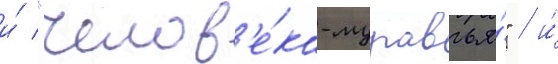
и́ "челов'е́ка-муравья́" / и́